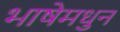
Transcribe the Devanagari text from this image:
भाषेमधुन